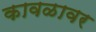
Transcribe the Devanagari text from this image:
कावळावर